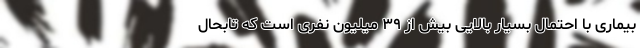
بیماری با احتمال بسیار بالایی بیش از ۳۹ میلیون نفری است که تابحال